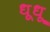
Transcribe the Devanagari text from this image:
धूधू